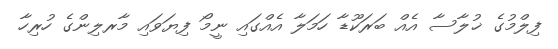
ފިލްމުގެ ޚުލާސާ އެއް ބަރަކޫޑާ ހަމަލާ އެއްގައި ނީމޯ ފިޔަވައި މާރލިންގެ ހުރިހާ